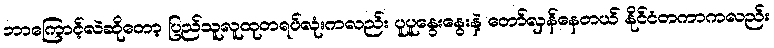
ဘာကြောင့်လဲဆိုတော့ ပြည်သူလူထုတရပ်လုံးကလည်း ပူပူနွေးနွေးနဲ့ တော်လှန်နေတယ် နိုင်ငံတကာကလည်း